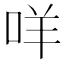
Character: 咩